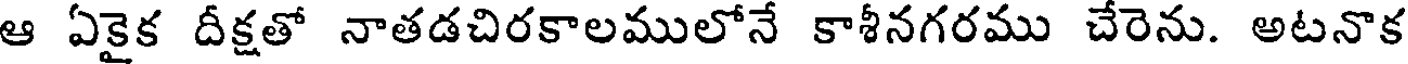
ఆ ఏకైక దీక్షతో నాతడచిరకాలములోనే కాశీనగరము చేరెను. అటనొక